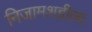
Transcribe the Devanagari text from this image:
निजामशहीला